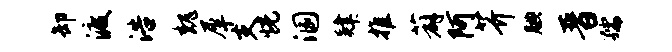
卸渡浩魏犀支恍溷肄推薜阿芥腆晋孺